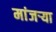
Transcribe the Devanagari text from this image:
मांजर्‍या